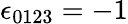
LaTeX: \epsilon_{0123}=-1